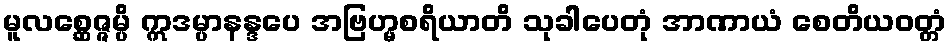
မူလစ္ဆေဇ္ဇမ္ပိ ဣဒမ္ပာနန္ဒပေ အဗြဟ္မစရိယာတိ သုခါပေတုံ အာဏာယံ စေတိယဝတ္တံ